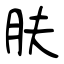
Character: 肤